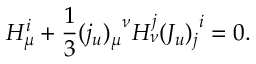
H _ { \mu } ^ { i } + { \frac { 1 } { 3 } } { ( j _ { u } ) _ { \mu } } ^ { \nu } H _ { \nu } ^ { j } { ( J _ { u } ) _ { j } } ^ { i } = 0 .